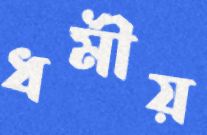
ধর্মীয়